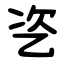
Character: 乲